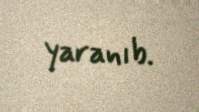
yaranıb.